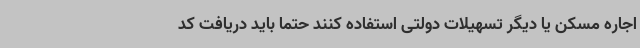
اجاره مسکن یا دیگر تسهیلات دولتی استفاده کنند حتماً باید دریافت کد